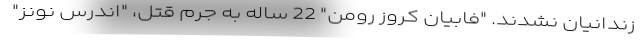
زندانیان نشدند. "فابیان کروز رومن" 22 ساله به جرم قتل، "اندرس نونز"